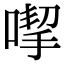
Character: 𠹙